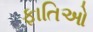
ફાતિઓ